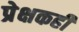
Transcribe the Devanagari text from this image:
प्रेक्षकही